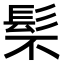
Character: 䯱